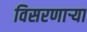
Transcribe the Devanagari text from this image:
विसरणाऱ्या